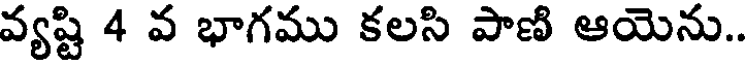
వ్యష్టి 4 వ భాగము కలసి పాణి ఆయెను..